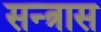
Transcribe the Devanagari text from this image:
सन्त्रास